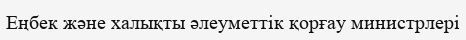
Еңбек және халықты әлеуметтік қорғау министрлері